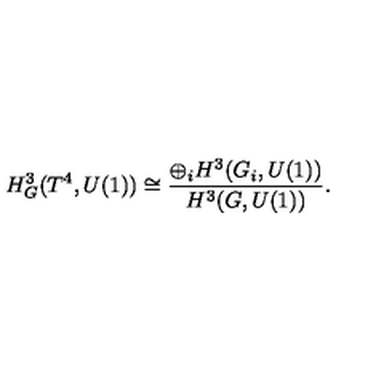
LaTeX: H _ { G } ^ { 3 } ( T ^ { 4 } , U ( 1 ) ) \cong \frac { \oplus _ { i } H ^ { 3 } ( G _ { i } , U ( 1 ) ) } { H ^ { 3 } ( G , U ( 1 ) ) } .